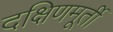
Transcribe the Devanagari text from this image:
दक्षिणमूर्ती